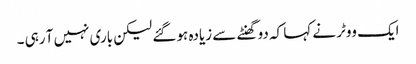
ایک ووٹر نے کہا کہ دو گھنٹے سے زیادہ ہو گئے لیکن باری نہیں آ رہی ۔